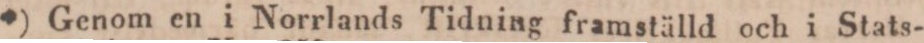
*) Genom en i Norrlands Tidning framställd och i Stats-